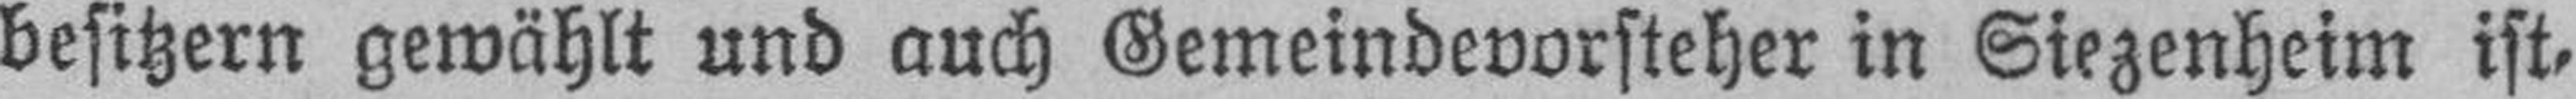
besitzern gewählt und auch Gemeindevorsteher in Siezenheim ist